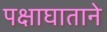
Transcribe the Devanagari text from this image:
पक्षाघाताने